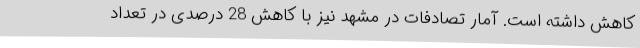
کاهش داشته است. آمار تصادفات در مشهد نیز با کاهش 28 درصدی در تعداد